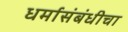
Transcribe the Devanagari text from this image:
धर्मासंबंधीचा